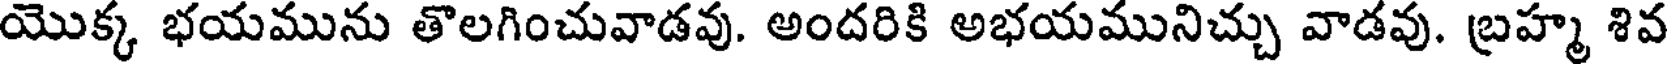
యొక్క భయమును తొలగించువాడవు. అందరికి అభయమునిచ్చు వాడవు. బ్రహ్మ శివ